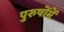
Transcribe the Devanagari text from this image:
पुरुषोंमें